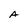
Character: A